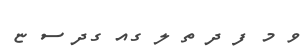
ވ މ ފ ދ ތ ލ ގއ ގދ ސ ޏ